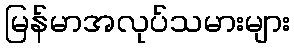
မြန်မာအလုပ်သမားများ